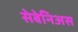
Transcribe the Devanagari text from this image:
सेबेनिअस